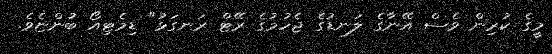
މީގެ ކުރިން ވެސް އޭނާގެ ލަނޑުގެ ޖެހުމުގެ ރޭޓް ރަނގަޅު" ޑިމެޓިއޯ ބުންޏެވެ.